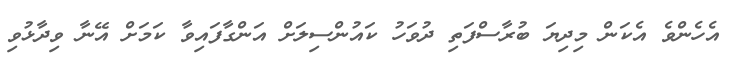
އެހެންވެ އެކަން މިދިޔަ ބުރާސްފަތި ދުވަހު ކައުންސިލަށް އަންގާފައިވާ ކަމަށް އޭނާ ވިދާޅުވި